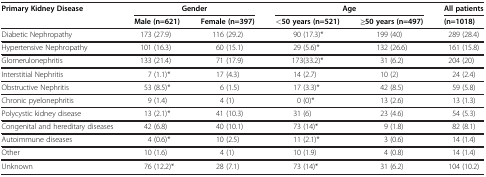
<table><thead><tr><td><b>Primary Kidney Disease</b></td><td colspan="2"><b>Gender</b></td><td colspan="2"><b>Age</b></td><td><b>All patients</b></td></tr><tr><td><b> </b></td><td><b>Male (n=621)</b></td><td><b>Female (n=397)</b></td><td><b>&lt;50 years (n=521)</b></td><td><b>≥50 years (n=497)</b></td><td><b>(n=1018)</b></td></tr></thead><tbody><tr><td>Diabetic Nephropathy</td><td>173 (27.9)</td><td>116 (29.2)</td><td>90 (17.3)*</td><td>199 (40)</td><td>289 (28.4)</td></tr><tr><td>Hypertensive Nephropathy</td><td>101 (16.3)</td><td>60 (15.1)</td><td>29 (5.6)*</td><td>132 (26.6)</td><td>161 (15.8)</td></tr><tr><td>Glomerulonephritis</td><td>133 (21.4)</td><td>71 (17.9)</td><td>173(33.2)*</td><td>31 (6.2)</td><td>204 (20)</td></tr><tr><td>Interstitial Nephritis</td><td>7 (1.1)*</td><td>17 (4.3)</td><td>14 (2.7)</td><td>10 (2)</td><td>24 (2.4)</td></tr><tr><td>Obstructive Nephritis</td><td>53 (8.5)*</td><td>6 (1.5)</td><td>17 (3.3)*</td><td>42 (8.5)</td><td>59 (5.8)</td></tr><tr><td>Chronic pyelonephritis</td><td>9 (1.4)</td><td>4 (1)</td><td>0 (0)*</td><td>13 (2.6)</td><td>13 (1.3)</td></tr><tr><td>Polycystic kidney disease</td><td>13 (2.1)*</td><td>41 (10.3)</td><td>31 (6)</td><td>23 (4.6)</td><td>54 (5.3)</td></tr><tr><td>Congenital and hereditary diseases</td><td>42 (6.8)</td><td>40 (10.1)</td><td>73 (14)*</td><td>9 (1.8)</td><td>82 (8.1)</td></tr><tr><td>Autoimmune diseases</td><td>4 (0.6)*</td><td>10 (2.5)</td><td>11 (2.1)*</td><td>3 (0.6)</td><td>14 (1.4)</td></tr><tr><td>Other</td><td>10 (1.6)</td><td>4 (1)</td><td>10 (1.9)</td><td>4 (0.8)</td><td>14 (1.4)</td></tr><tr><td>Unknown</td><td>76 (12.2)*</td><td>28 (7.1)</td><td>73 (14)*</td><td>31 (6.2)</td><td>104 (10.2)</td></tr></tbody></table>